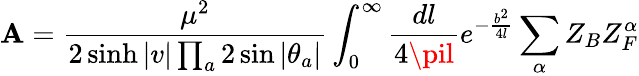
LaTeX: {\cal\mathbf{A}}=\frac{{\mu^{2}}}{{2\sinh|v|\prod_{a}2\sin|\theta_{a}|}}\int_{0}^{\infty}\frac{{dl}}{{4\pil}}e^{-\frac{{b^{2}}}{{4l}}}\sum_{\alpha}Z_{B}Z_{F}^{\alpha}